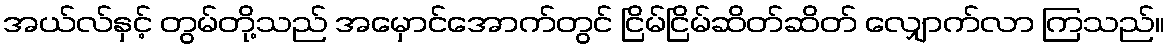
အယ်လ်နှင့် တွမ်တို့သည် အမှောင်အောက်တွင် ငြိမ်ငြိမ်ဆိတ်ဆိတ် လျှောက်လာ ကြသည်။